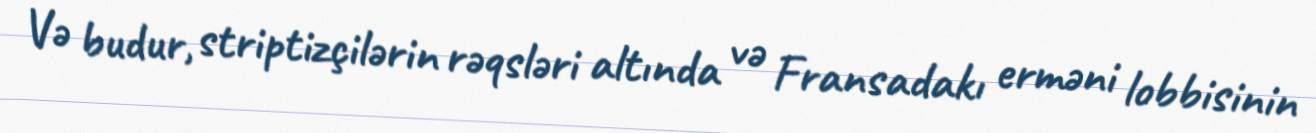
Və budur, striptizçilərin rəqsləri altında və Fransadakı erməni lobbisinin